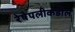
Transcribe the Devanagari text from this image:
रेषेपलीकडील